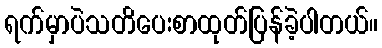
ရက်မှာပဲသတိပေးစာထုတ်ပြန်ခဲ့ပါတယ်။